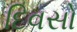
દિવસો